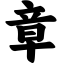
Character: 章